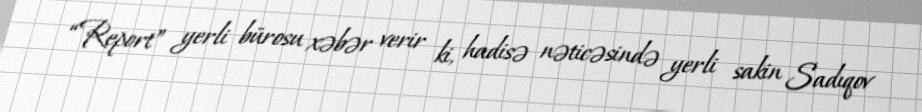
“Report” yerli bürosu xəbər verir ki, hadisə nəticəsində yerli sakin Sadıqov